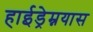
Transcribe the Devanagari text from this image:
हाईड्रेम्नयास